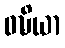
ဝဍ္ဎိယာ